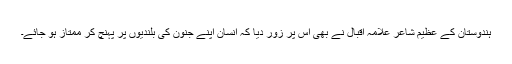
ہندوستان کے عظیم شاعر علامہ اقبال نے بھی اس پر زور دیا کہ انسان اپنے جنون کی بلندیوں پر پہنچ کر ممتاز ہو جائے۔